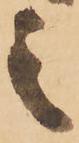
之